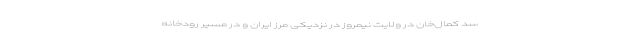
سد کمال‌خان در ولایت نیمروز در نزدیکی مرز ایران و در مسیر رودخانه